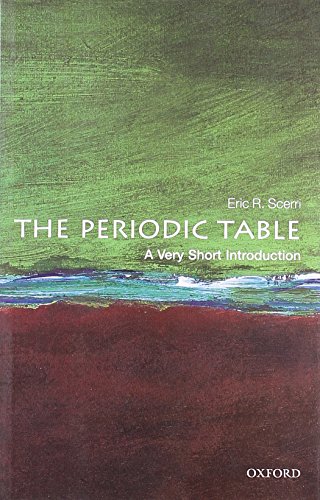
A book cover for The Periodic Table: A Very Short Introduction; Eric Scerri; Science & Math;